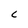
Character: C